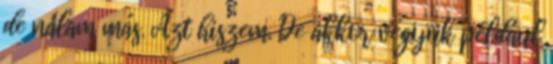
de nálam más. Azt hiszem. De akkor vegyük például